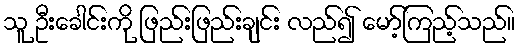
သူ ဦးခေါင်းကို ဖြည်းဖြည်းချင်း လည်၍ မော့်ကြည့်သည်။